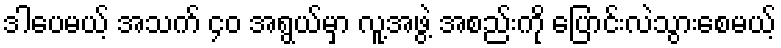
ဒါပေမယ့် အသက် ၄၀ အရွယ်မှာ လူ့အဖွဲ့ အစည်းကို ပြောင်းလဲသွားစေမယ့်